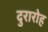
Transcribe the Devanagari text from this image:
दुरारोह